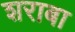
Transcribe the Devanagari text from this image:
शराबा